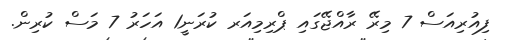
ފިއުރިއަސް 7 މިރޭ ރާއްޖޭގައި ޕްރިމިއަރ ކުރަނީ1 އަހަރު 7 މަސް ކުރިން.